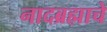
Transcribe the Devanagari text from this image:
नादब्रह्माचे